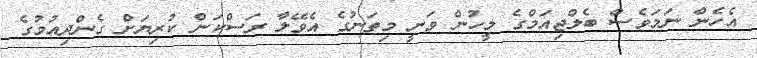
އެހެން ނަމަވެސް ބެލްޖިއަމްގެ މީހުން ވަނީ މިތަނުގެ އެެވޭލާ ރަސްކަން ކުރިޔަށް ގެންދިއުމުގެ